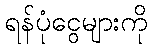
ရန်ပုံငွေများကို